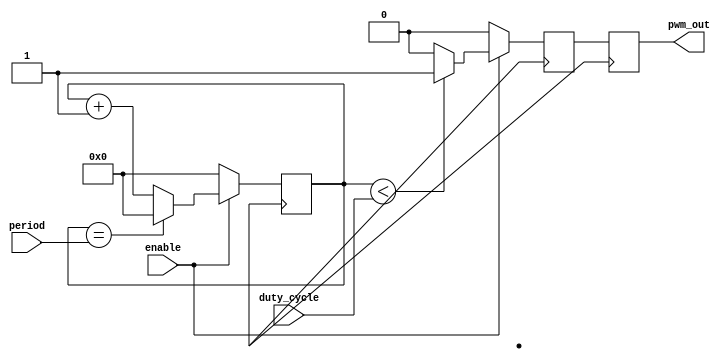
module pwm_timer(
    input wire enable,
    input wire [15:0] duty_cycle,
    input wire [15:0] period,
    output reg pwm_out
);

reg [15:0] count;
reg comparator_out;
reg sync_out;

always @(posedge clk) begin
    if(enable) begin
        if(count == period) begin
            count <= 0;
        end else begin
            count <= count + 1;
        end

        if(count < duty_cycle) begin
            comparator_out <= 1;
        end else begin
            comparator_out <= 0;
        end
    end else begin
        count <= 0;
        comparator_out <= 0;
    end
end

always @(posedge clk) begin
    sync_out <= comparator_out;
end

assign pwm_out = sync_out;

endmodule